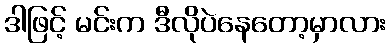
ဒါဖြင့် မင်းက ဒီလိုပဲနေတော့မှာလား